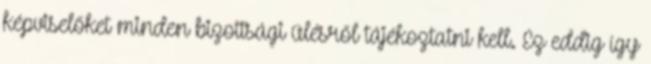
képviselőket minden bizottsági ülésről tájékoztatni kell. Ez eddig így